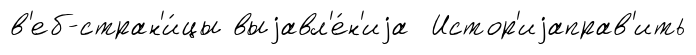
в'еб-стран'и́цы выjавл'е́н'иjа Истор'иjаправ'ить